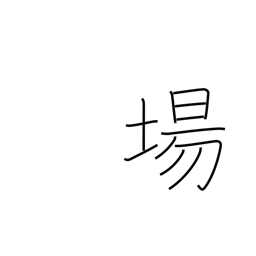
Meaning: location